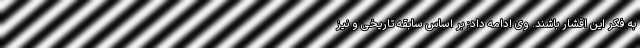
به فکر این اقشار باشند. وی ادامه داد: بر اساس سابقه تاریخی و نیز